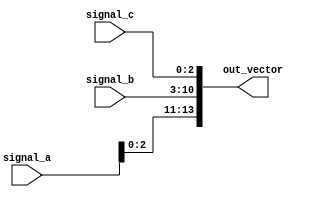
module concat_signals (
    input wire [3:0] signal_a,   // 4-bit input signal
    input wire [7:0] signal_b,   // 8-bit input signal
    input wire [2:0] signal_c,   // 3-bit input signal
    output wire [13:0] out_vector // 14-bit output vector
);

// Continuous assignment using concatenation
assign out_vector = {signal_a, signal_b, signal_c}; // Concatenate signals

endmodule